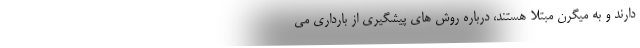
دارند و به میگرن مبتلا هستند، درباره روش های پیشگیری از بارداری می